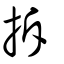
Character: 拆